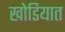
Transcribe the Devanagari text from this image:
खोडियात